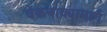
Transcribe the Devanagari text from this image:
चेकनाक्यामार्गे